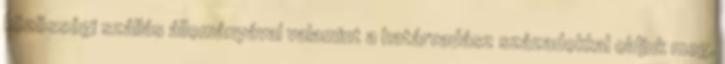
közösségi szállás állományával valamint a határvadász századokkal oldjuk meg.